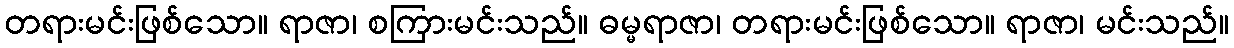
တရားမင်းဖြစ်သော။ ရာဇာ၊ စကြားမင်းသည်။ ဓမ္မရာဇာ၊ တရားမင်းဖြစ်သော။ ရာဇာ၊ မင်းသည်။